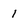
Character: 1